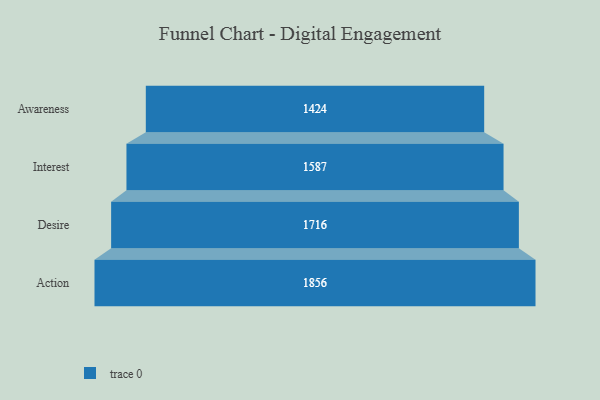
{"axis": {"x": "Stage", "y": "Value"}, "legend": [""], "data": [{"x": "Awareness", "y": 1424.0, "type": ""}, {"x": "Interest", "y": 1587.0, "type": ""}, {"x": "Desire", "y": 1716.0, "type": ""}, {"x": "Action", "y": 1856.0, "type": ""}]}